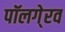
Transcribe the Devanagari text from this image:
पॉलगे्रव